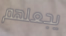
يجعلهم